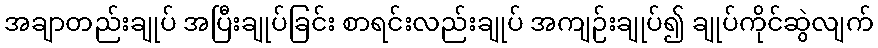
အချာတည်းချုပ် အပြီးချုပ်ခြင်း စာရင်းလည်းချုပ် အကျဉ်းချုပ်၍ ချုပ်ကိုင်ဆွဲလျက်